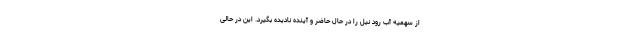
از سهمیه آب رود نیل را در حال حاضر و آینده نادیده بگیرد. این در حالی